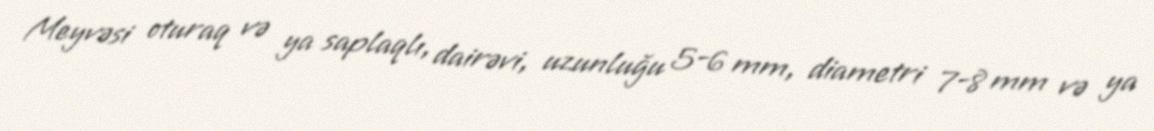
Meyvəsi oturaq və ya saplaqlı, dairəvi, uzunluğu 5-6 mm, diametri 7-8 mm və ya